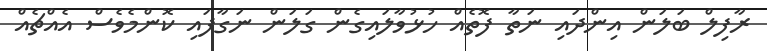
ރާފިލް ބަލަން އިންދައި ނަތާ ފޮތެއް ހުޅުވާލައިގެން ގަލަން ނަގާފައި ކޮންމެވެސް އެއްޗެއް